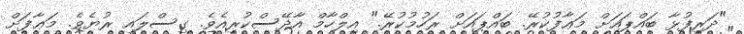
"ދަރިފުޅާ ބައްޕައަށް މަޢާފުކުރޭ. ބައްޕައަށް ރަހުމުކުރޭ." އިލްހާމް އާދޭސްކުރިއެވެ. ގިސްލައި ރުޔެވެ. މަޢާފަށް